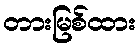
တားမြစ်ထား